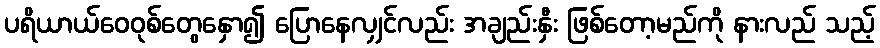
ပရိယာယ်ဝေဝုစ်တွေနှော၍ ပြောနေလျှင်လည်း အချည်းနှီး ဖြစ်တော့မည်ကို နားလည် သည့်